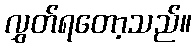
လွှတ်ရတော့သည်။